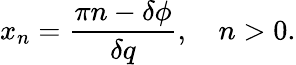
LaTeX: x_{n}=\frac{\pi n-\delta\phi}{\delta q},\quad n>0.